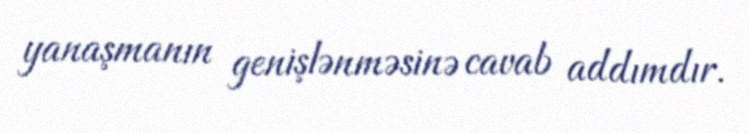
yanaşmanın genişlənməsinə cavab addımdır.